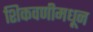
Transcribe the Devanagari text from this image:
शिकवणीमधून